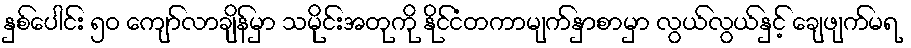
နှစ်ပေါင်း ၅ဝ ကျော်လာချိန်မှာ သမိုင်းအတုကို နိုင်ငံတကာမျက်နှာစာမှာ လွယ်လွယ်နှင့် ချေဖျက်မရ